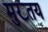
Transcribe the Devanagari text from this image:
मुख्तय